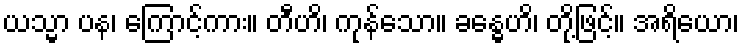
ယသ္မာ ပန၊ ကြောင့်ကား။ တီဟိ၊ ကုန်သော။ ခန္ဓေဟိ၊ တို့ဖြင့်။ အရိယော၊